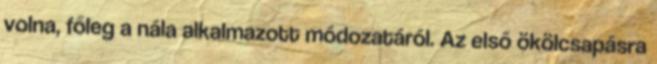
volna, főleg a nála alkalmazott módozatáról. Az első ökölcsapásra